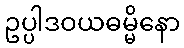
ဥပ္ပါဒဝယဓမ္မိနော